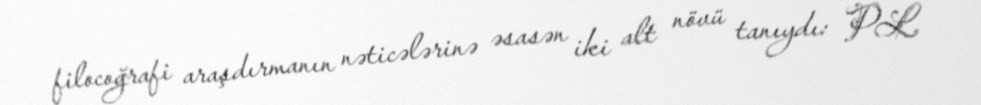
filocoğrafi araşdırmanın nəticələrinə əsasən iki alt növü tanıydı: PL.